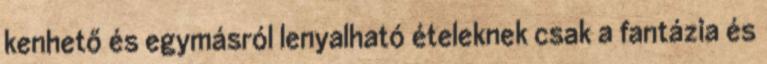
kenhető és egymásról lenyalható ételeknek csak a fantázia és